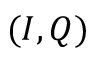
( I , Q )